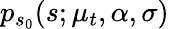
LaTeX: p_{s_{0}}(s;\mu_{t},\alpha,\sigma)